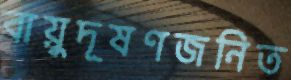
বায়ুদূষণজনিত